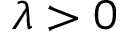
\lambda > 0